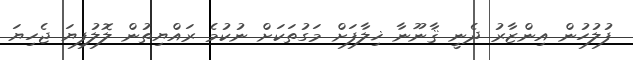
ފުލުހުން އިންޒާރު ދެނީ ޤާނޫނާ ޚިލާފަށް މަގުތަކަށް ނުކުމެ ރައްޔިތުން ލޮލުފިޔަ ޖެހިޔަ